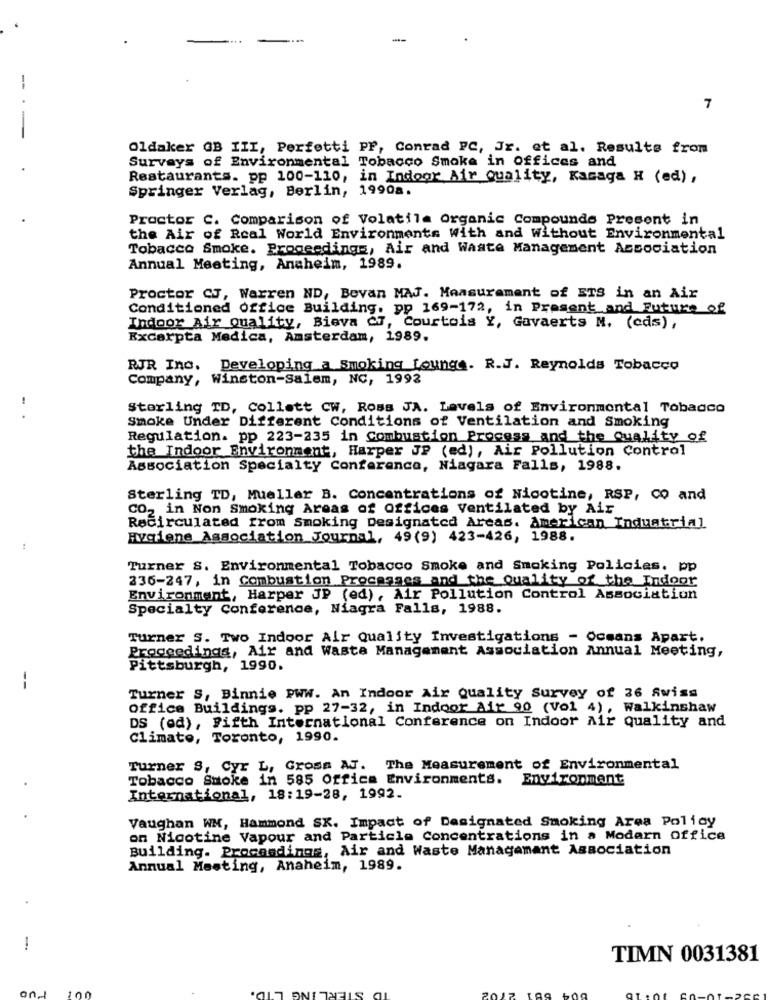
....
--
7
Oldaker GB III, Perfetti PF, Conrad PC, Jr. et al. Results from
Surveys of Environmental Tobacco Smoke in Offices and
Restaurants. pp 100-110, in Indoor Air Quality, Kacaga H (ed) ,
Springer Verlag, Berlin, 19908.
Proctor C. Comparison of Volatile Organic Compounds Present in
the Air of Real World Environments With and Without Environmental
Tobacco Smoke. Proceedings, Air and Waste Management Association
Annual Meeting, Anaheim, 1989.
Proctor CJ, Warren ND, Bevan MAJ. Measurement of ETS in an Air
Conditioned Office Building, pp 169-172, in Present and Future of
Indoor Air Quality, Bieva Cf, Courtois Y, Gavaerts N. (cds),
Excerpta Medica, Amsterdam, 1989.
RJR Inc. Developing a Smoking Lounge. R.J. Reynolds Tobacco
Company, Winston-Salem, NC, 1992
Sterling TD, Collett CW, Ross JA. Levels of Environmental Tobacco
...
Smoke Under Different conditions of Ventilation and Smoking
Regulation. pp 223-235 in Combustion Process and the Quality of
the Indoor Environment, Harper JP (ed), Air Pollution Control
Association Specialty Conference, Niagara Falls, 1988.
Sterling TD, Mueller B. Concentrations of Nicotine, RSP, Co and
CO, in Non Smoking Areas of Offices Ventilated by Air
Recirculated from Smoking Designated Areas. American Industrial
Hygiene Association Journal, 49(9) 423-426, 1988.
:
Turner S. Environmental Tobacco Smoke and Smoking Policies. pp
236-247, in Combustion Processes and the Quality of the Indoor
Environment, Harper JP (ed), Air Pollution Control Association
Specialty Conference, Niagra Falls, 1988.
Turner S. Two Indoor Air Quality Investigations - Oceans Apart.
Proceedings, Air and Waste Management Association Annual Meeting,
Pittsburgh, 1990.
--
Turner S, Binnie PWW. An Indoor Air Quality Survey of 36 Swiss
Office Buildings. pp 27-32, in Indoor Air 90 (Vol 4), Walkinshaw
DS (ed), Fifth International Conference on Indoor Air quality and
Climate, Toronto, 1990.
Turner S, Cyr L, Gross AJ. The Measurement of Environmental
Tobacco Smoke in 585 office Environments. Environment
International, 18:19-28, 1992.
Vaughan WM, Hammond SK. Impact of Designated Smoking Area Policy
on Nicotine Vapour and Particle Concentrations in a Modern office
Building. Proceedings, Air and Waste Management Association
Annual Meeting, Anaheim, 1989.
TIMN 0031381